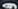
و